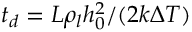
t _ { d } = { { \cal L } \rho _ { l } h _ { 0 } ^ { 2 } } / ( { 2 k \Delta T } )